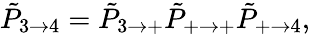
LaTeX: \tilde{P}_{3\rightarrow 4}=\tilde{P}_{3\rightarrow+}\tilde{P}_{+\rightarrow+}\tilde{P}_{+\rightarrow 4},